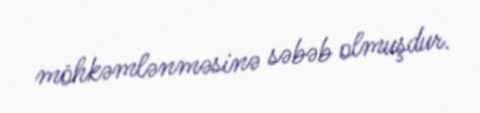
möhkəmlənməsinə səbəb olmuşdur.